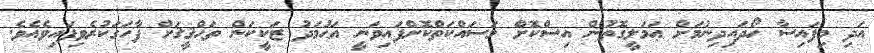
އަދި މިފައިސާ ހޯދައިދިނުމަށް ޢަމަލީގޮތުން އިސްކޮށް މަސައްކަތްކޮށްފައިވަނީ އަޙުމަދު ޒަކީކަން ތަޙްޤީޤަށް ފާހަގަކުރެވިފައިވެއެވެ.